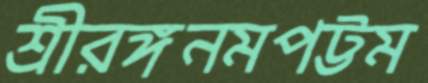
শ্রীরঙ্গনমপট্টম